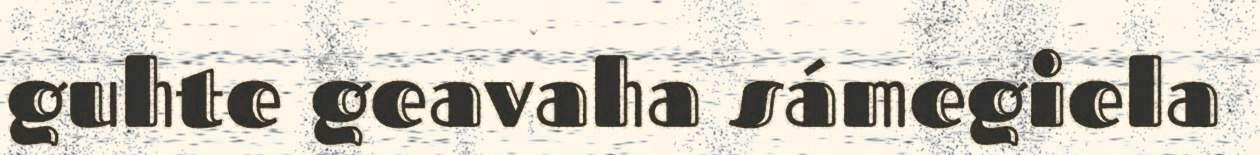
guhte geavaha sámegiela